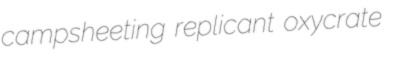
campsheeting replicant oxycrate